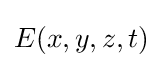
E(x,y,z,t)